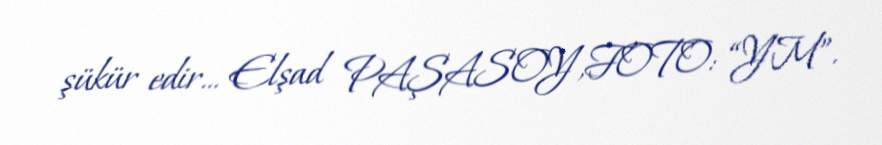
şükür edir... Elşad PAŞASOY,FOTO: “YM”.